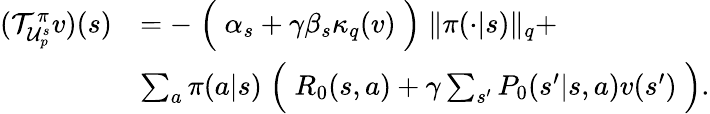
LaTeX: \begin{array}{rl}{(\mathcal{T}_{\mathcal{U}_{p}^{s}}^{\pi}v)(s)}&{=-\Bigm(\alpha_{s}+\gamma\beta_{s}\kappa_{q}(v)\Bigm)\lVert\pi(\cdot|s)\rVert_{q}+}\\ &{\sum_{a}\pi(a|s)\Bigm(R_{0}(s,a)+\gamma\sum_{s^{\prime}}P_{0}(s^{\prime}|s,a)v(s^{\prime})\Bigm).}\end{array}